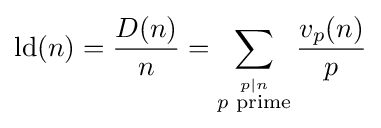
\operatorname {ld} (n)={\frac {D(n)}{n}}=\sum _{\stackrel {p\mid n}{p{\text{ prime}}}}{\frac {v_{p}(n)}{p}}